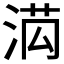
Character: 𭰯